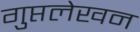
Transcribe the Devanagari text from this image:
गुप्तलेखन